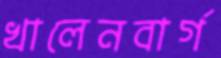
খালেনবার্গ